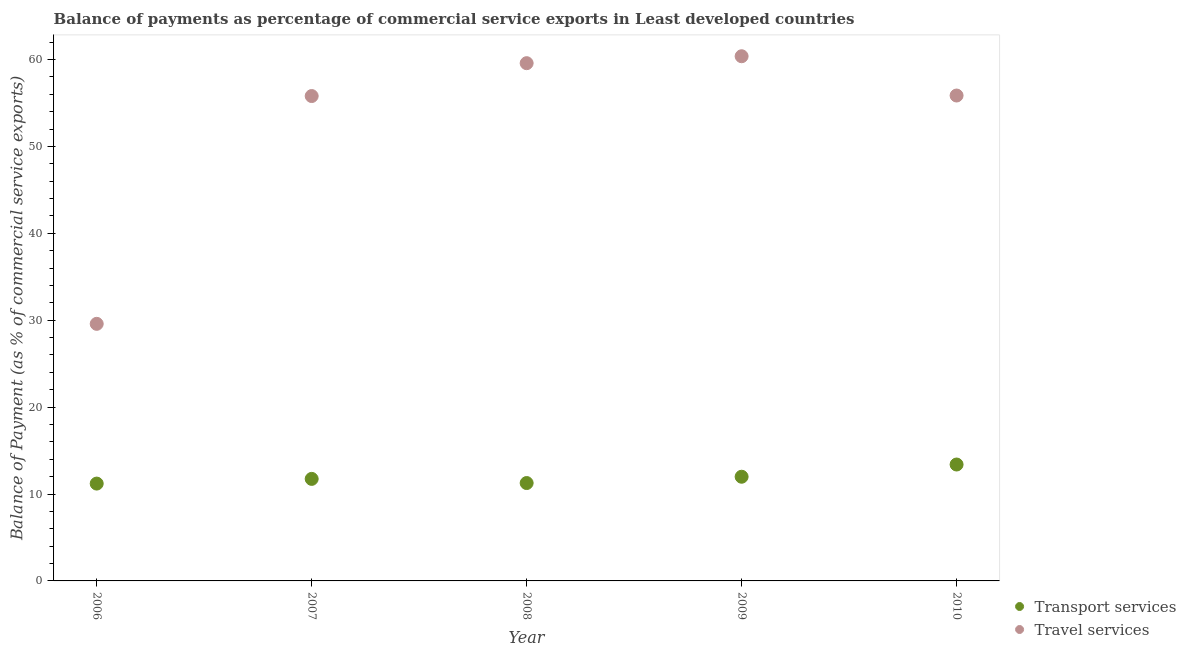
| Year | Transport services | Travel services |
 | --- | --- | --- |
 | 2006 | 11.2 | 29.6 |
 | 2007 | 11.7 | 55.8 |
 | 2008 | 11.3 | 59.6 |
 | 2009 | 12 | 60.4 |
 | 2010 | 13.4 | 55.9 |